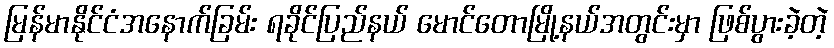
မြန်မာနိုင်ငံအနောက်ခြမ်း ရခိုင်ပြည်နယ် မောင်တောမြို့နယ်အတွင်းမှာ ဖြစ်ပွားခဲ့တဲ့